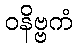
ဝနိဗ္ဗကံ